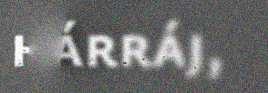
hárráj,